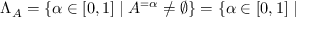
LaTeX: \Lambda _ { A } = \{ \alpha \in [ 0 , 1 ] \mid A ^ { = \alpha } \neq \varnothing \} = \{ \alpha \in [ 0 , 1 ] \mid { }